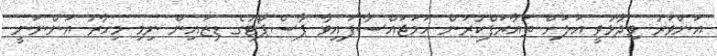
އަންވަރު ވިދާޅުވީ އަލަށް ތައާރަފްކުރަން ހަމަޖައްސާފައިވާ ޕާސްޕޯޓުގެ ޑިޒައިން ނިމި މިހާރު އަންނަނީ